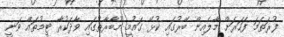
ފުރަތަމަ ފަހަރަށް މާލެއިން ބޭރުގައި ކުޅޭ ގައުމީ މުބާރާތުގައި ވާދަކުރާ ޓީމުތައް ވަނީ